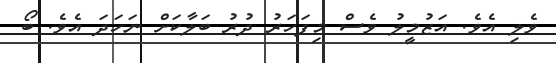
ވެލި އެވެ. އަޒުމީލު ވެސް މިފަހަރު ދުރު ބަލާކަށް ނަހަދަ އެވެ. ބޯ